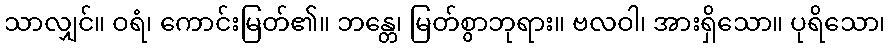
သာလျှင်။ ဝရံ၊ ကောင်းမြတ်၏။ ဘန္တေ၊ မြတ်စွာဘုရား။ ဗလဝါ၊ အားရှိသော။ ပုရိသော၊